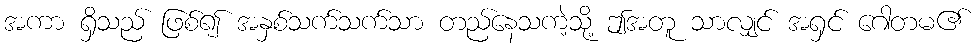
အကာ ရှိသည် ဖြစ်၍ အနှစ်သက်သက်သာ တည်နေသကဲ့သို့ ဤအတူ သာလျှင် အရှင် ဂေါတမ၏